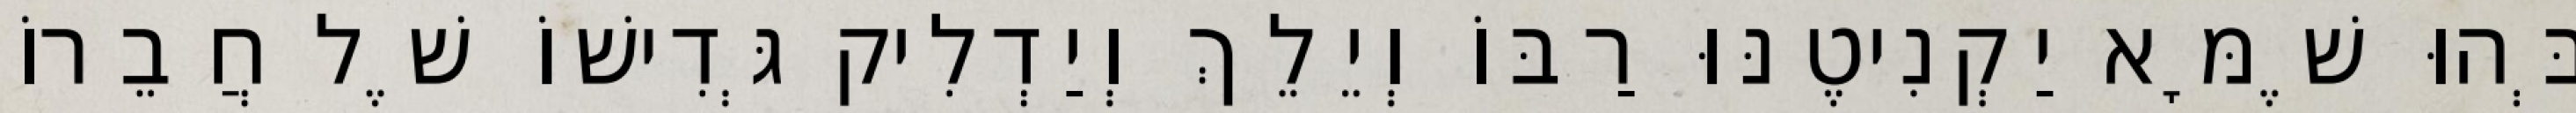
בְּהוּ שֶׁמָּא יַקְנִיטֶנּוּ רַבּוֹ וְיֵלֵךְ וְיַדְלִיק גְּדִישׁוֹ שֶׁל חֲבֵרוֹ